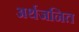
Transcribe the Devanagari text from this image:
अर्थजनित